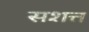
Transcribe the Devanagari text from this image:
सशत्त